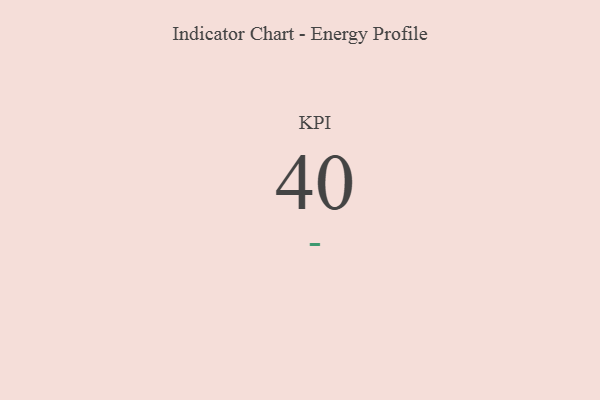
{"axis": {"x": "KPI", "y": "Value"}, "legend": [""], "data": [{"x": "KPI", "y": 40, "type": ""}]}